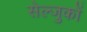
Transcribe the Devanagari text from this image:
सेल्जुकों